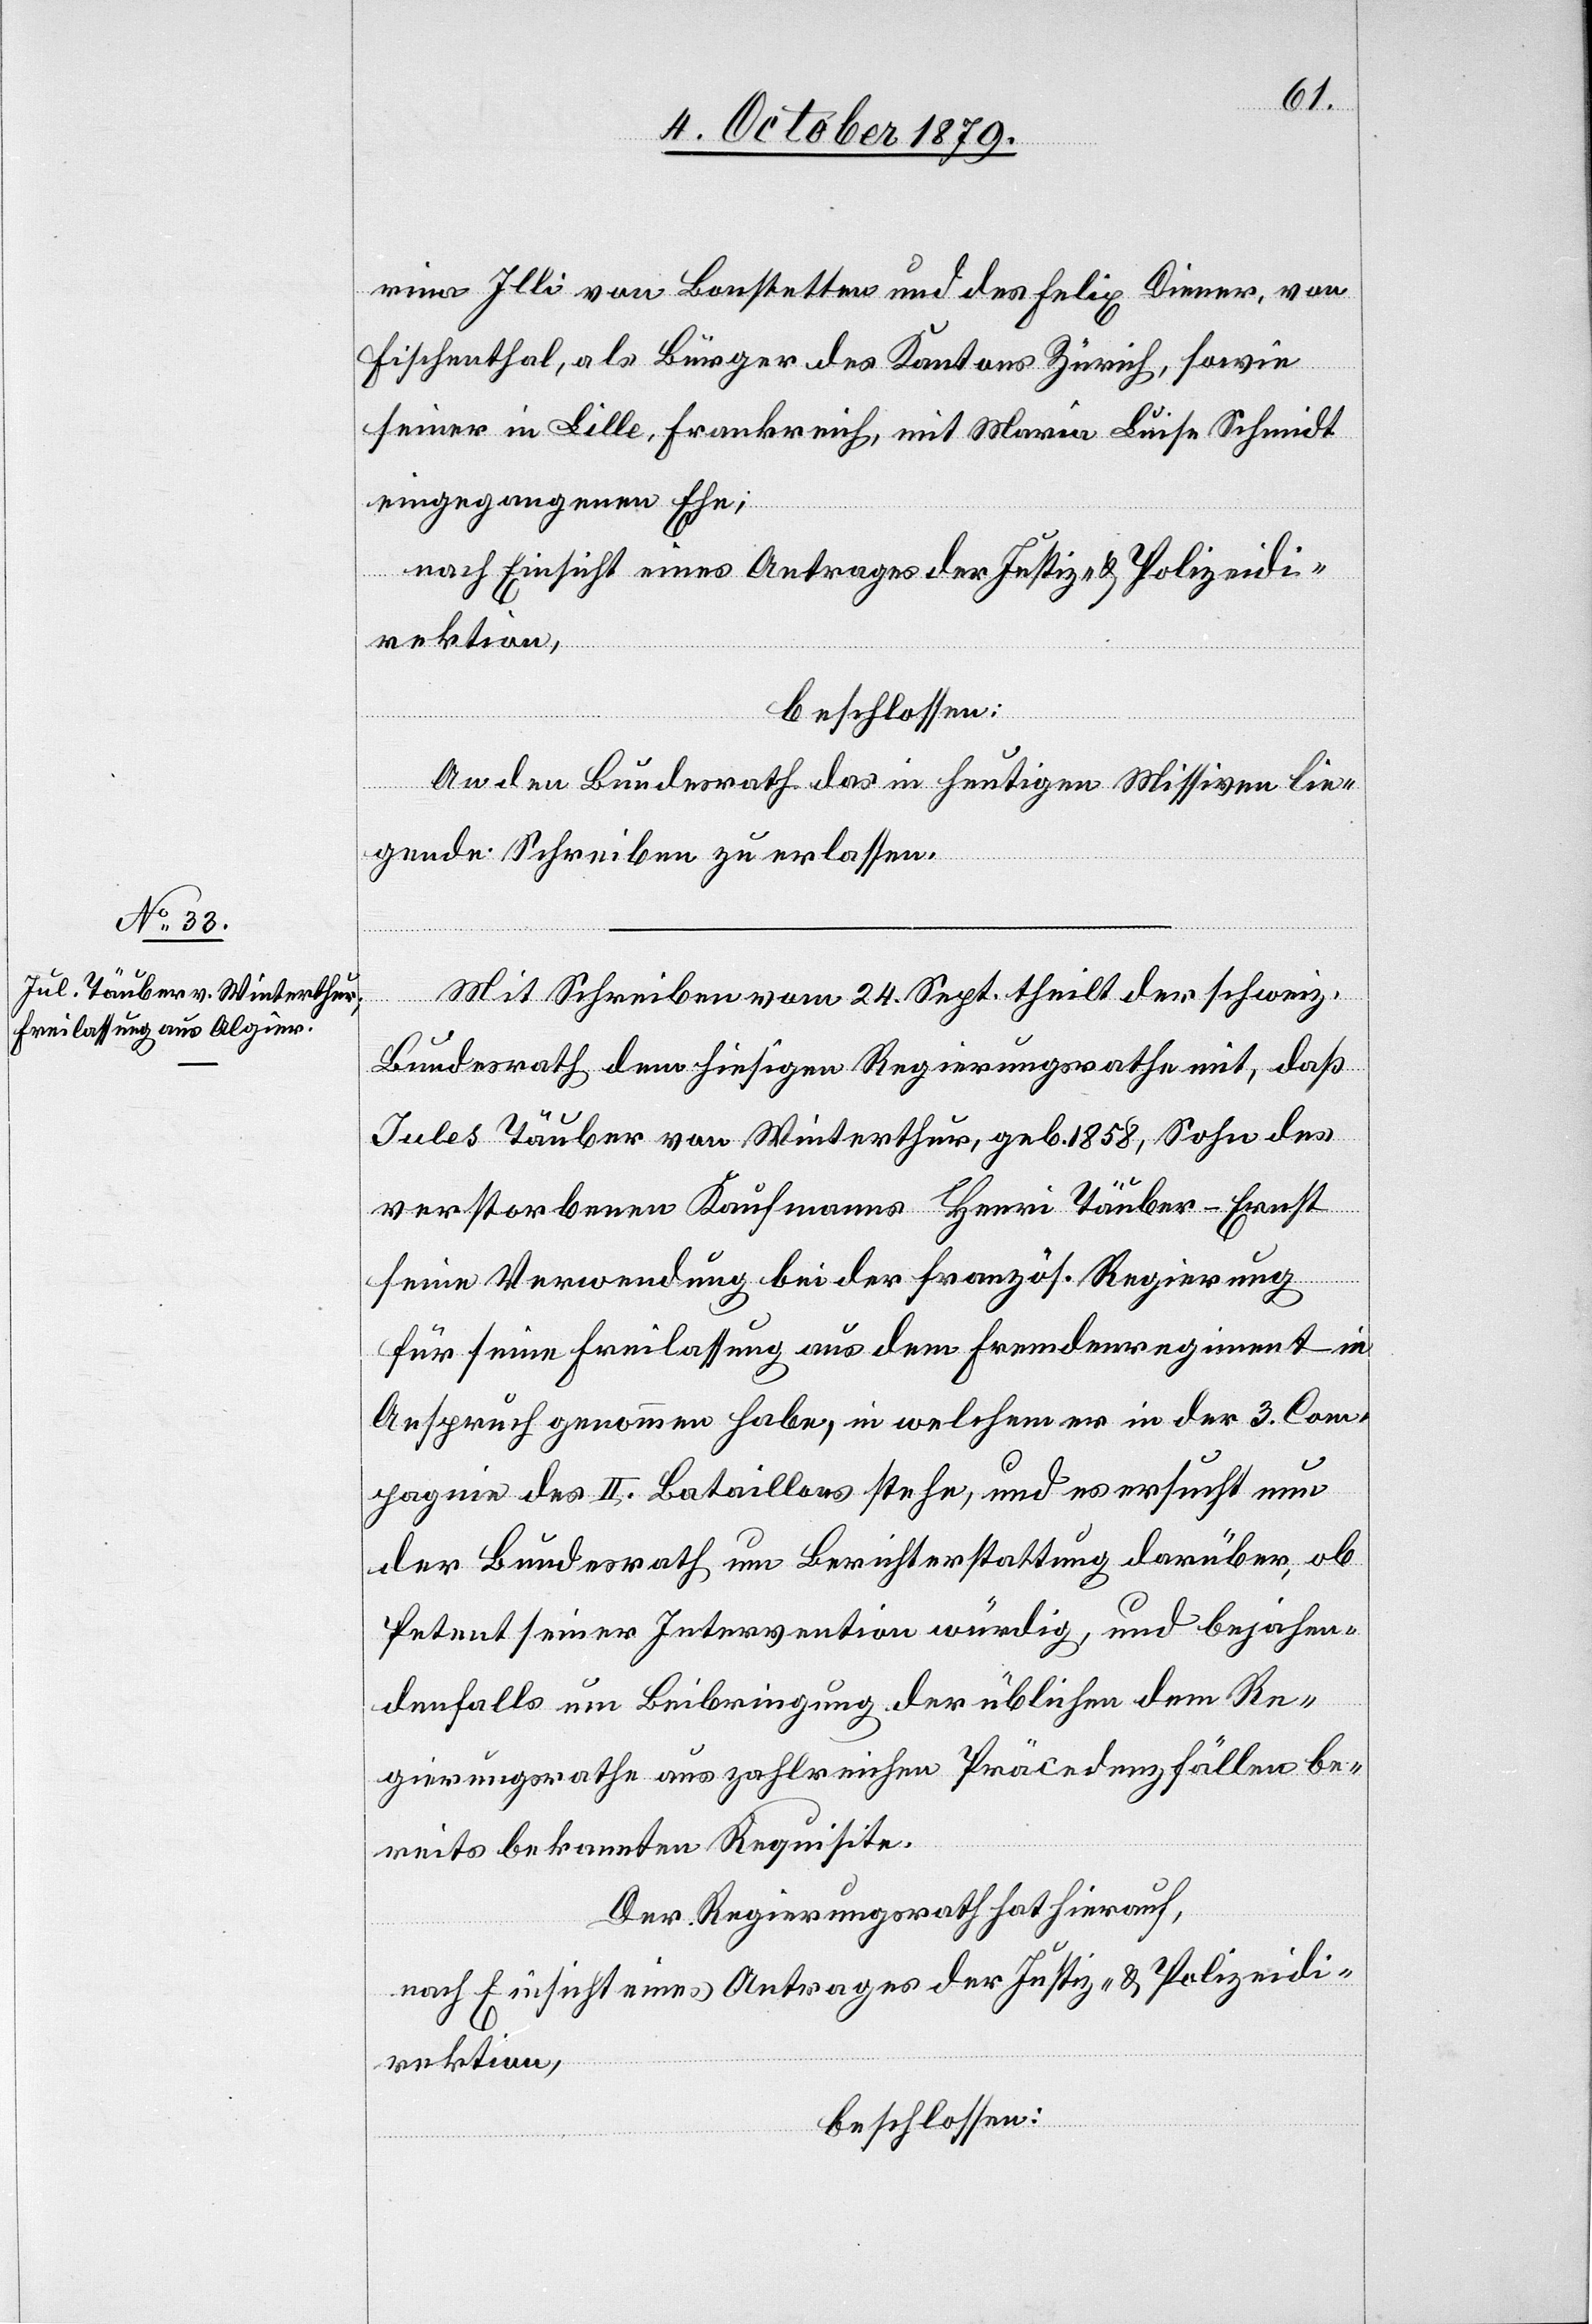
rina Illi von Bonstetten und des Felix Diener, von
Fischenthal, als Bürger des Kantons Zürich, sowie
seiner in Lille, Frankreich, mit Maria Luise Schmidt
eingegangenen Ehe;
nach Einsicht eines Antrages der Justiz- & Polizeidi¬
rektion,
beschlossen:
An den Bundesrath das in heutigen Missiven lie¬
gende Schreiben zu erlassen.
Mit Schreiben vom 24. Sept. theilt der Schweiz.
Bundesrath dem hiesigen Regierungsrathe mit, daß
Jules Täuber von Winterthur, geb. 1858, Sohn des
verstorbenen Kaufmanns Henri Täuber-Ernst
seine Verwendung bei der französ. Regierung
für seine Freilassung aus dem Fremdenregiment in
Anspruch genommen habe, in welchem er in der 3. Com¬
pagnie des II. Bataillons stehe, und es ersucht nun
der Bundesrath um Berichterstattung darüber, ob
Petent seiner Intervention würdig, und bejahen¬
denfalls um Beibringung der üblichen dem Re¬
gierungsrathe aus zahlreichen Präcedenzfällen be¬
reits bekannten Requisite.
Der Regierungsrath hat hierauf,
nach Einsicht eines Antrages der Justiz- & Polizeidi¬
rektion,
beschlossen: